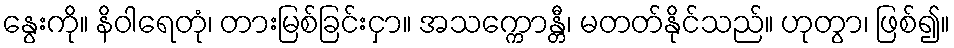
နွေးကို။ နိဝါရေတုံ၊ တားမြစ်ခြင်းငှာ။ အသက္ကောန္တီ၊ မတတ်နိုင်သည်။ ဟုတွာ၊ ဖြစ်၍။